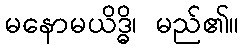
မနောမယိဒ္ဓိ၊ မည်၏။